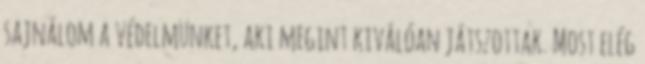
sajnálom a védelmünket, aki megint kiválóan játszottak. Most elég